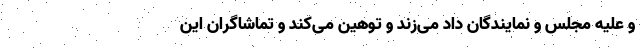
و علیه مجلس و نمایندگان داد می‌زند و توهین می‌کند و تماشاگران این